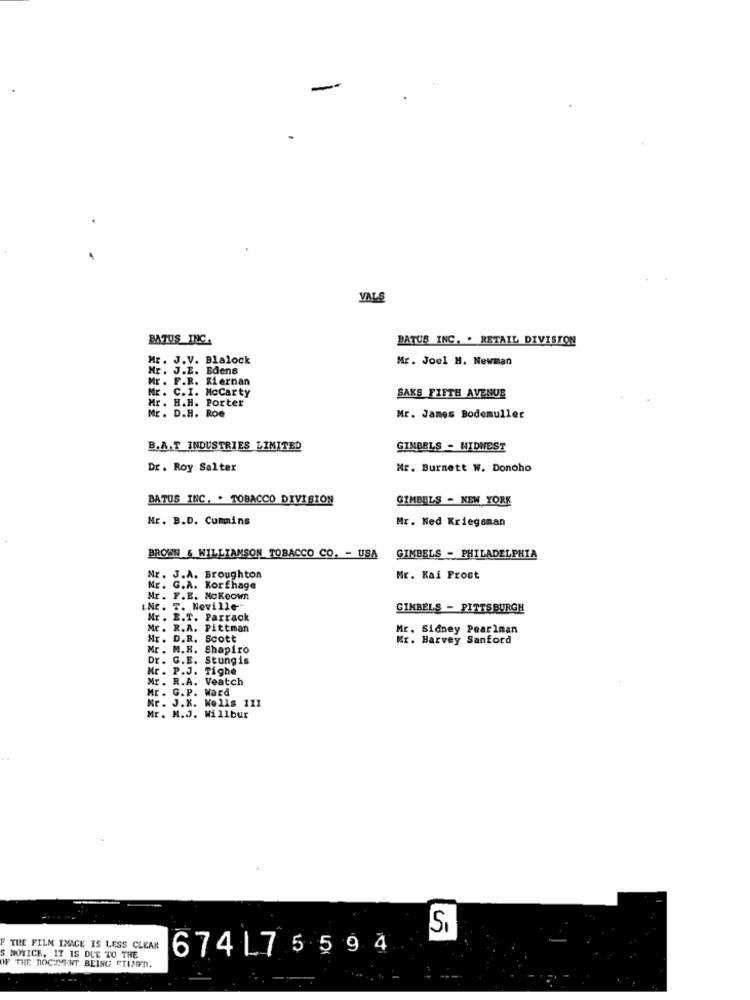
-
VALS
BATUS INC.
BATUS INC. . RETAIL DIVISION
Mr. J.V. Blalock
Mr. Joel H. Newman
Mr. J.E. Edens
Mr. F.R. Kiernan
Mr. C. I. McCarty
Mr. H.H. Porter
SAKS FIFTH AVENUE
Mr. D.H. Roe
Mr. James Bodemuller
B.A.T INDUSTRIES LIMITED
GINBELS - NIDMEST
Dr. Roy Salter
Mr. Burnett W. Donoho
BATUS INC. . TOBACCO DIVISION
GIMBELS - NEW YORK
Mr. B.D. Cummins
Mr. Ned Kriegsman
BROWN & WILLIAMSON TOBACCO CO. - USA
GIMBELS - PHILADELPHIA
Mr. J.A. Broughton
Mr. Kai Prost
Mr. G.A. Korfhage
Mr. F.E. Mckeown
INc. T. Noville
GIMBELS - PITTSBURGH
Mr. E.T. Parrack
Mr. R.A. Pittman
Mr. Sidney Pearlman
Mr. D.R. Scott
Mr. Harvey Sanford
Mr. M.B. Shapiro
Dr. C.E. Stungis
Mr . P.J. Tighe
Mr. R.A. Veatch
Mr . G. P. Ward
Mr. J.K. Wells 111
Mr . M.J. Willbur
THE FILM IMICE IS LESS CLEAR
674175594
S NOTICE, IT IS DUE TO THE
THE DOCUMENT BEING PTIMED.